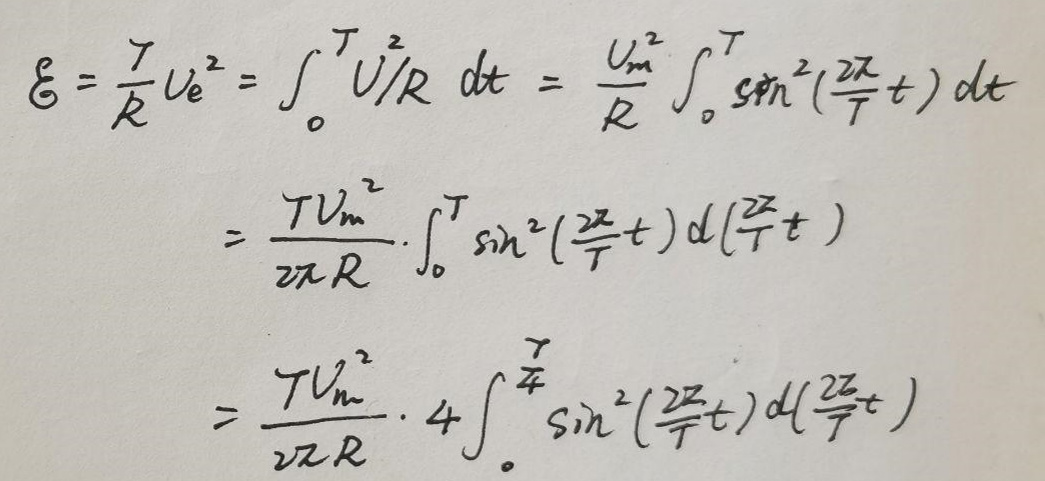
\[
\begin{align*}
\xi&=\frac{T}{R}U_{e}^{2}=\int_{0}^{T}\frac{U^{2}}{R}dt=\frac{U_{m}^{2}}{R}\int_{0}^{T}\sin^{2}(\frac{2\pi}{T}t)dt\\
&=\frac{TU_{m}^{2}}{2\pi R}\cdot\int_{0}^{T}\sin^{2}(\frac{2\pi}{T}t)d(\frac{2\pi}{T}t)\\
&=\frac{TU_{m}^{2}}{2\pi R}\cdot4\int_{0}^{\frac{T}{4}}\sin^{2}(\frac{2\pi}{T}t)d(\frac{2\pi}{T}t)
\end{align*}
\]